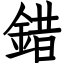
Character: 錯